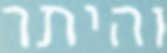
והיתר